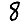
Digit: 8